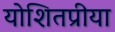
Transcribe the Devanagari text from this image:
योशितप्रीया